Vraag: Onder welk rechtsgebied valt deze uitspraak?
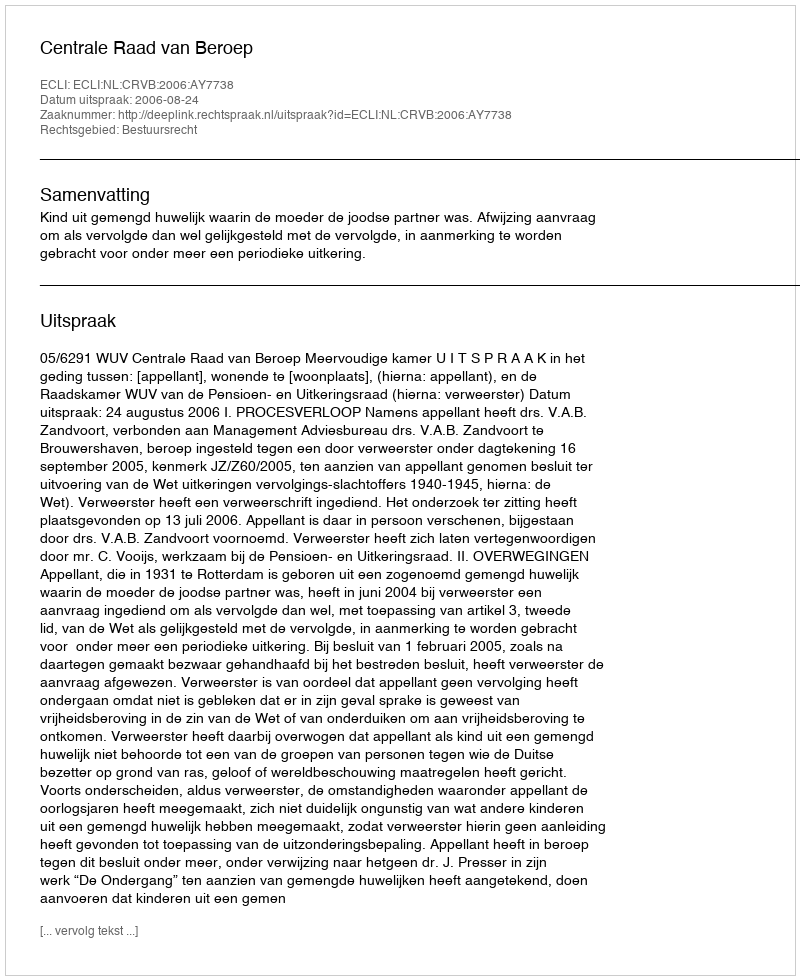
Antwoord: Bestuursrecht